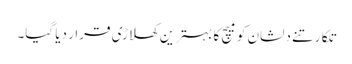
تلکارتنے دلشان کو میچ کا بہترین کھلاڑی قرار دیا گیا۔